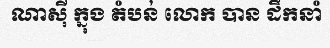
ណាស៊ី ក្នុង តំបន់ លោក បាន ដឹកនាំ